Annual report on the working of the Harcourt Butler Institute of Public Health, Rangoon
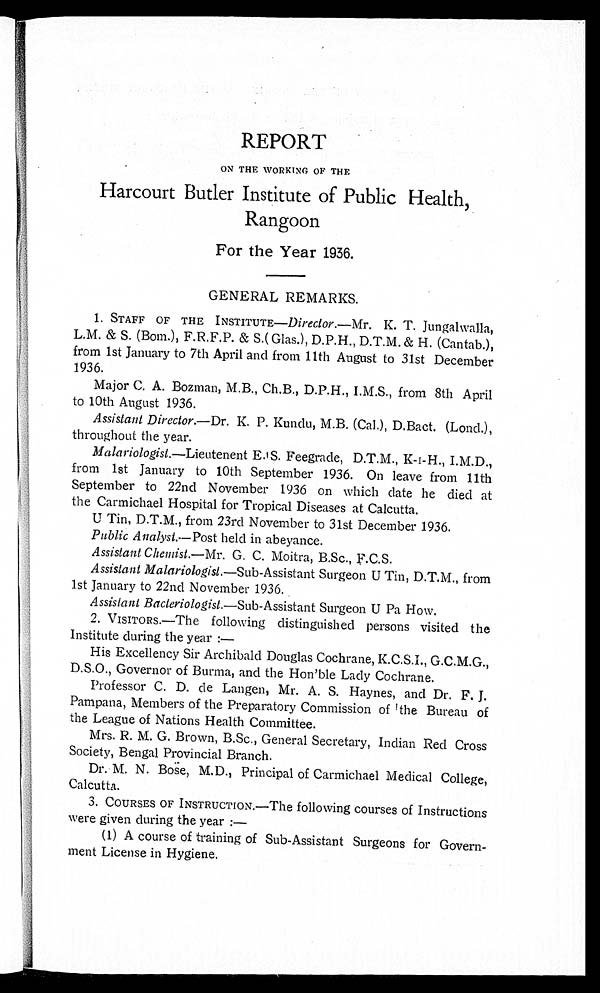
REPORT
ON THE 'WORKING OF THE
Harcourt Butler Institute of Public Health,
Rangoon
For the Year 1936.
GENERAL REMARKS.
1. STAFF OF THE INSTITUTE— Director .—Mr. K. T. Jungalwalla,
L.M. & S. (Born.), F.R.F.P. & S.( Glas.), D.T.M. & H. (Cantab.),
from 1st January to 7th April and from 11th August to 31st December
1936.
Major C. A. Bozman, M.B., Ch.B., D.P.H., I.M.S., from 8th April
to 10th August 1936.
Assistant Director-.—Dr. K. P. Kundu, M.B.
D.Bact. (Lond.),
throughout the year.
Malariologist.—Lieutenent S. Feegrade, D.T.M., I.M.D.,
from 1st January to 10th September 1936. On leave from 11th
September to 22nd November 1936 on which date he died at
the Carmichael Hospital for Tropical Diseases at Calcutta.
U Tin, D.T.M., from 23rd November to 31st December 1936.
Public Analyst.--Post held in abeyance.
Assistant Chemist.—Mr. G. C. Moitra, B.Sc., F.C.S.
Assistant Ma lariologist.—Sub-Assistant Surgeon U Tin, D.T.M., from
1st January to 22nd November 1936.
Assistant Bacteriologist.—Sub-Assistant Surgeon U Pa How.
2. VISITORs.—The following distinguished persons visited the
Institute during the year :-
His Excellency Sir Archibald Douglas Cochrane, K.C.S.I., G.C.M.G.,
D.S.O., Governor of Burma, and the Hon'ble Lady Cochrane.
Professor C. D. de Langen, Mr. A. S. Haynes, and Dr. F. J.
Pampana, Members of the Preparatory Commission of the Bureau of
the League of Nations Health Committee.
Mrs. R. M. G. Brown, B.Sc., General Secretary, Indian Red Cross
Society, Bengal Provincial Branch.
Dr. M. N. Bose, M.D., Principal of Carmichael Medical College,
Calcutta.
3. COURSES OF INSTRUCTION.—The following courses of Instructions
were given during the year :-
(1) A course of training of Sub-Assistant Surgeons for Govern-
ment License in Hygiene.